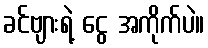
ခင်ဗျားရဲ့ ငွေ အကိုက်ပဲ။